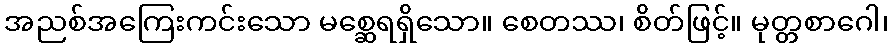
အညစ်အကြေးကင်းသော မစ္ဆေရရှိသော။ စေတဿ၊ စိတ်ဖြင့်။ မုတ္တစာဂေါ၊